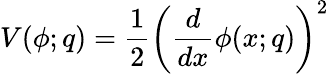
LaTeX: V(\phi;q)=\frac 12\left(\frac{d}{dx}\phi(x;q)\right)^{2}